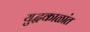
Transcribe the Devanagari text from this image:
युद्धकाळांत